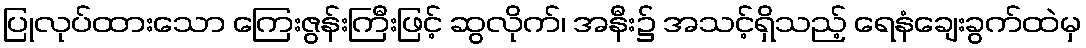
ပြုလုပ်ထားသော ကြေးဇွန်းကြီးဖြင့် ဆွလိုက်၊ အနီး၌ အသင့်ရှိသည့် ရေနံချေးခွက်ထဲမှ